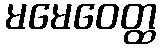
မမေဝေတ္ထ